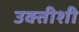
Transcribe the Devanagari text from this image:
उक्तीशी